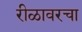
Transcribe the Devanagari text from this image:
रीळावरचा